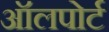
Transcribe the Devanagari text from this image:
ऑलपोर्ट